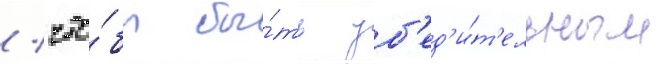
/ что́бы бы́ть уб'ед'и́т'ельным